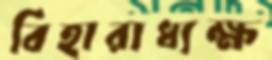
বিহারাধ্যক্ষ